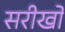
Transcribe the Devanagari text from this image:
सरीखों